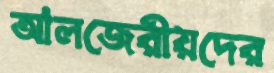
আলজেরীয়দের